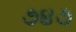
૭૪૭